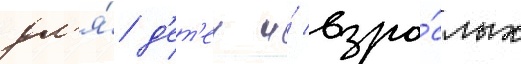
дл'я́ д'ет'еи и́ взро́слых